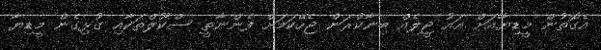
އެގޮތުން މީޑިޔާއަށް އައު ޖީލެއް ބިނާކުރަން ޖެހޭކަމަށް ފެންނާތީ ސްކޫލްތަކާއި ގުޅިގެން މީޑިޔާ